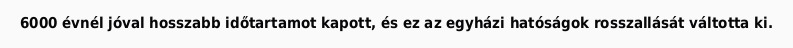
6000 évnél jóval hosszabb időtartamot kapott, és ez az egyházi hatóságok rosszallását váltotta ki.